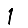
Digit: 1